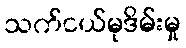
သက်ငယ်မုဒိမ်းမှု